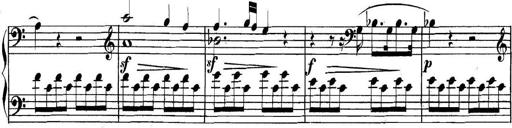
Title: Collected Piano Sonatas
Composer: Muzio Clementi